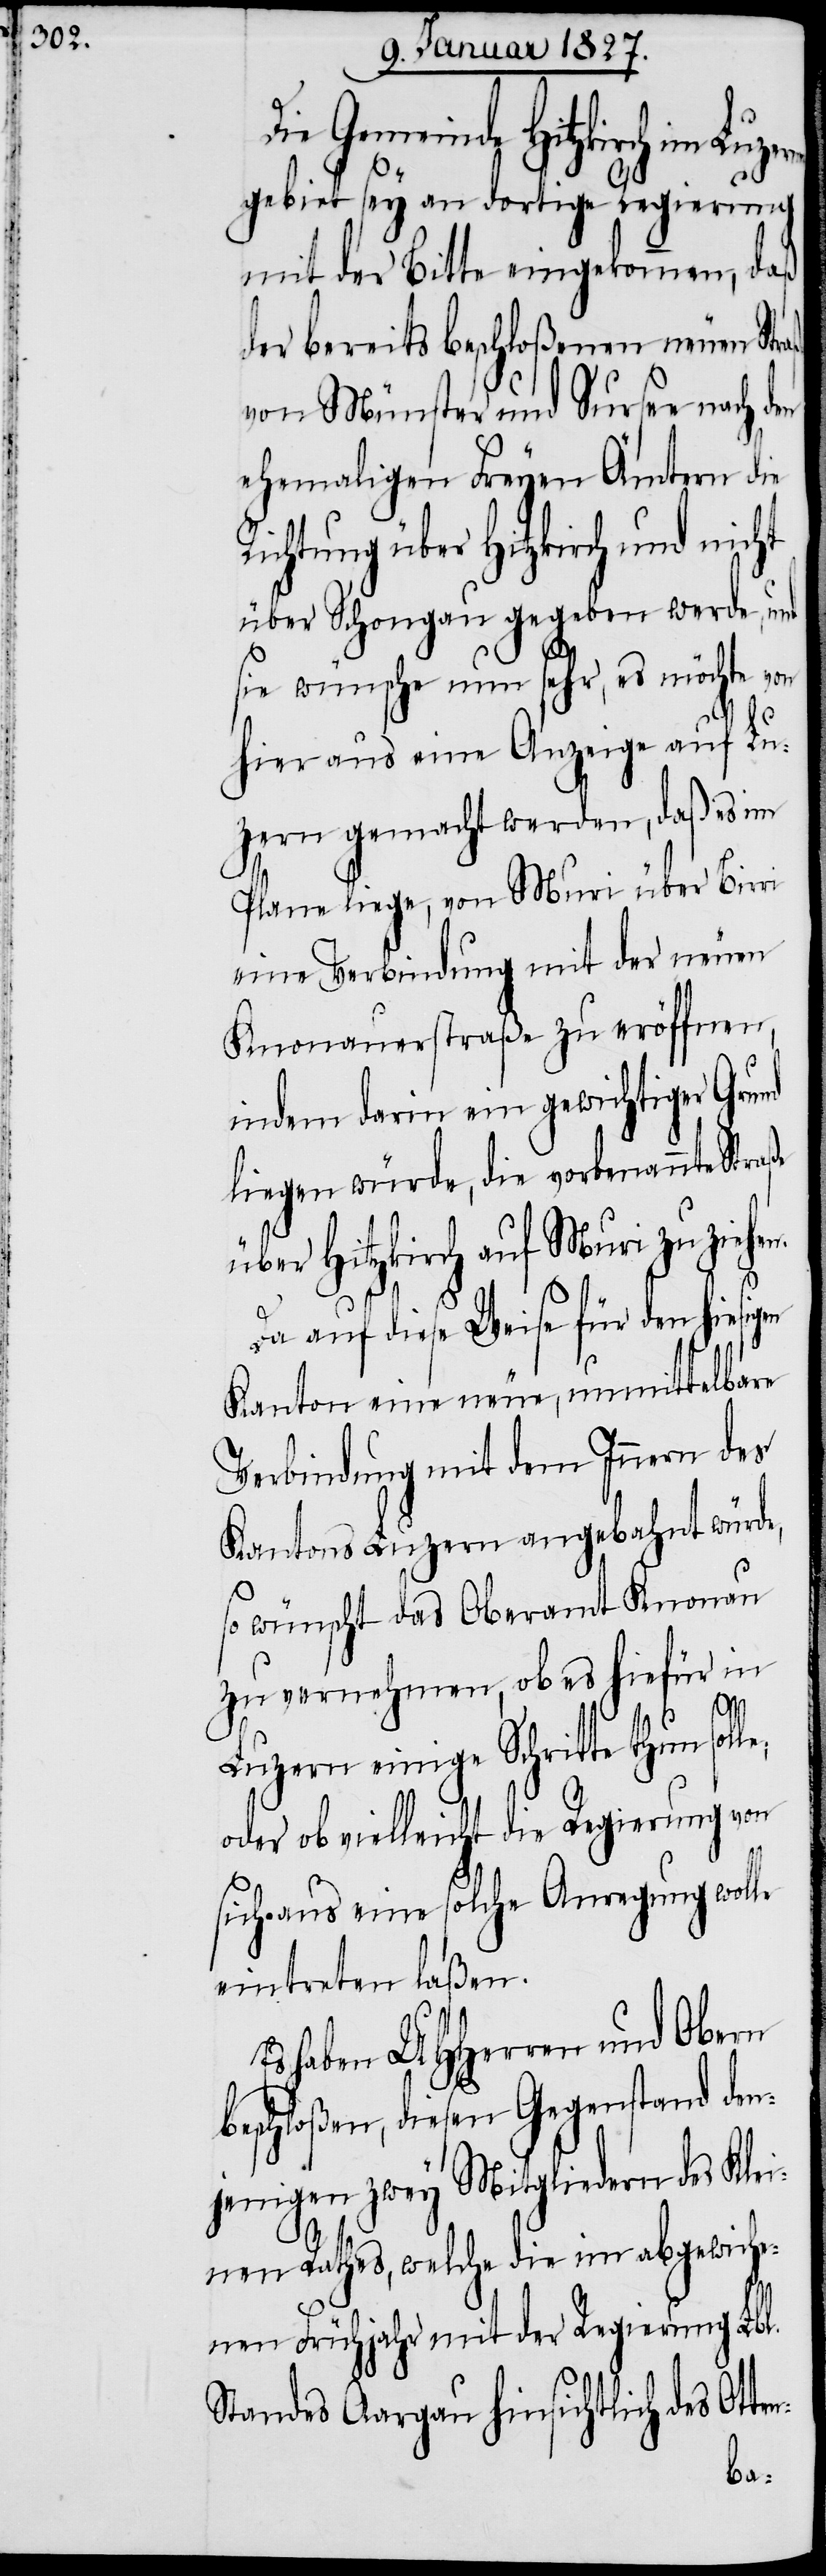
Hitzkirch im Luzerner¬
gebiet sey an dortige Regierung
mit der Bitte eingekommen, daß
der bereits beschloßenen neuen
von Münster und Sursee nach den
ehemaligen Freyen Ämtern die
Richtung über Hitzkirch und nicht
über Schongau gegeben werde, und
sie wünsche nun sehr, es möchte von
hier aus eine Anzeige auf Lu¬
zern gemacht werden, daß es im
Plane liege, von Muri über Birri
eine Verbindung mit der neuen
Knonauerstraße zu eröffnen,
indem darin ein gewichtiger Grund
liegen würde, die vorbenannte Straße
über Hitzkirch auf Muri zu ziehe¬
Da auf diese Weise für den hiesigen
Kanton eine neue, unmittelbare
Verbindung mit dem Innern des
Kantons Luzern angebahnt würde,
so wünscht das Oberamt Knonau
zu vernehmen, ob es hiefür in
Luzern einige Schritte thun solle,
oder ob vielleicht die Regierung von
sich aus eine solche Anregung wolle
eintreten laßen.
Es haben UHHerren und Obern
beschloßen, diesen Gegenstand den¬
jenigen zwey Mitgliedern des Klei¬
nen Rathes, welche die im abgewiche¬
nen Frühjahr mit der Regierung Lbl.
Standes Aargau hinsichtlich des Ot¬
ten-